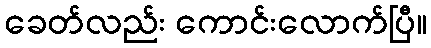
ခေတ်လည်း ကောင်းလောက်ပြီ။